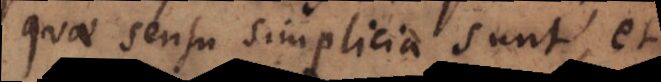
quae sensu simplicia sunt, et